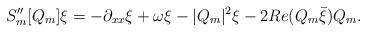
LaTeX: \begin{align*} S_m''[Q_m] \xi = - \partial_{xx} \xi + \omega \xi - |Q_m|^2\xi -2 Re(Q_m \bar{\xi})Q_m. \end{align*}